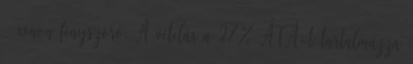
– xenon fényszóró. A vételár a 27% ÁFÁ-t tartalmazza